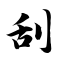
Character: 刮